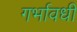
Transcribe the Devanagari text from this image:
गर्भावधी